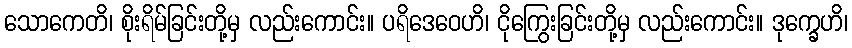
သောကေတိ၊ စိုးရိမ်ခြင်းတို့မှ လည်းကောင်း။ ပရိဒေဝေဟိ၊ ငိုကြွေးခြင်းတို့မှ လည်းကောင်း။ ဒုက္ခေဟိ၊